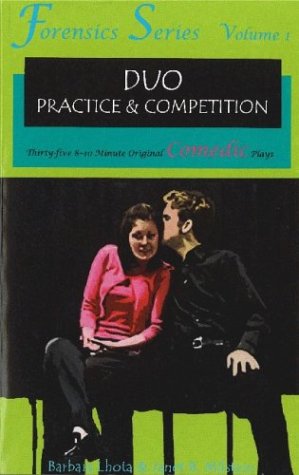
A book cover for Forensics Duo Series Volume 1: 35 8-10 Minute Original Comedic Plays for Duo Practice and Performance; Barbara Lhota; Teen & Young Adult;